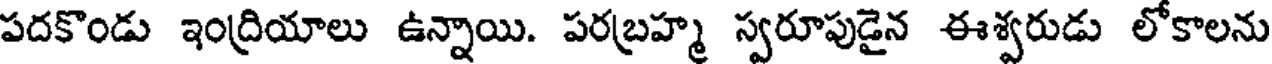
పదకొండు ఇంద్రియాలు ఉన్నాయి. పరబ్రహ్మ స్వరూపుడైన ఈశ్వరుడు లోకాలను